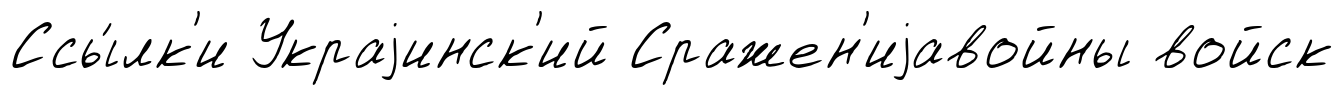
Ссы́лк'и Украjинск'ий Сражен'иjавойны войск